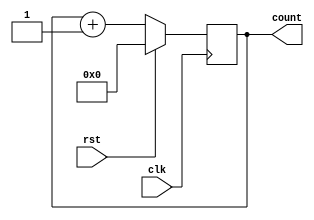
module counter (
    input wire clk,  // Clock signal
    input wire rst,  // Reset signal
    output reg [7:0] count // Count value output
);

// Register to store the count value
reg [7:0] current_count;

// Incrementing block, increases count value by one each clock cycle
always @(posedge clk) begin
    if (rst) begin
        current_count <= 8'b0; // Reset count value to zero
    end
    else begin
        current_count <= current_count + 1; // Increment count value by one
    end
end

// Assign current count value to the output
assign count = current_count;

endmodule